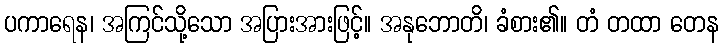
ပကာရေန၊ အကြင်သို့သော အပြားအားဖြင့်။ အနုဘောတိ၊ ခံစား၏။ တံ တထာ တေန